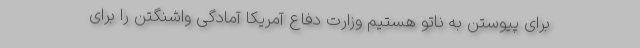
برای پیوستن به ناتو هستیم وزارت دفاع آمریکا آمادگی واشنگتن را برای